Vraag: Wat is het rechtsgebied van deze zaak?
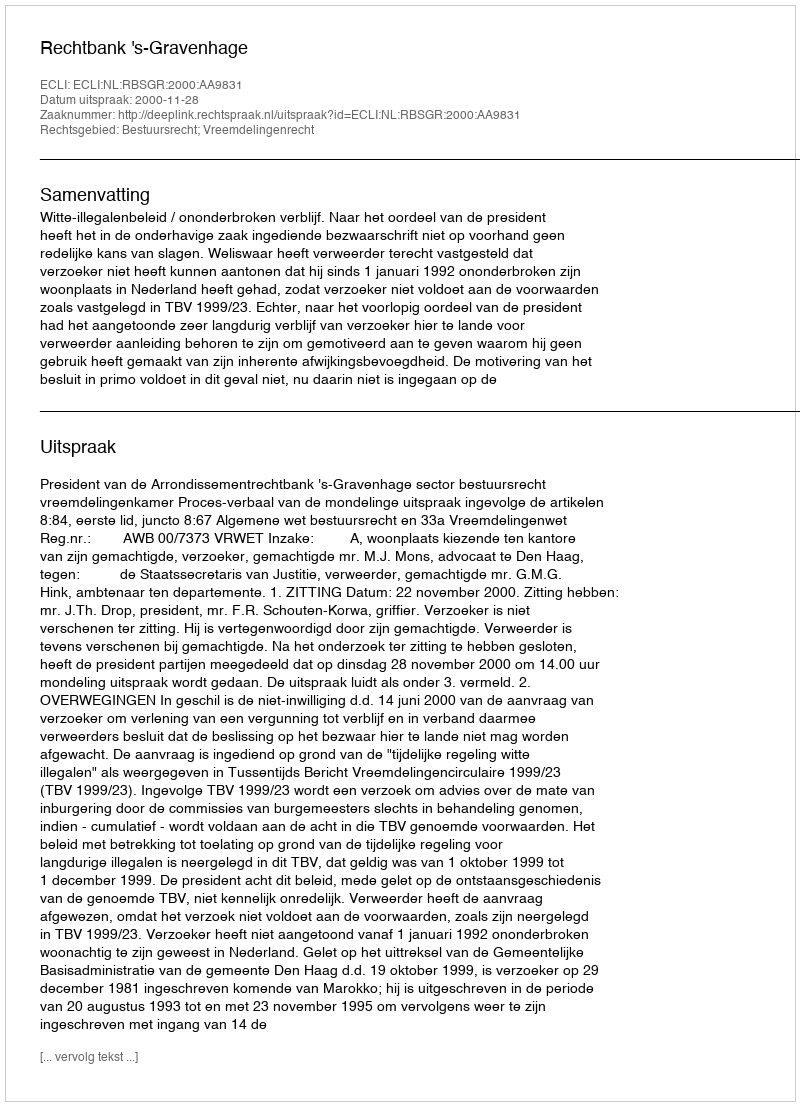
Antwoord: Bestuursrecht; Vreemdelingenrecht